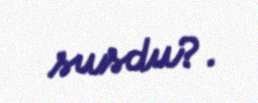
susdu?.